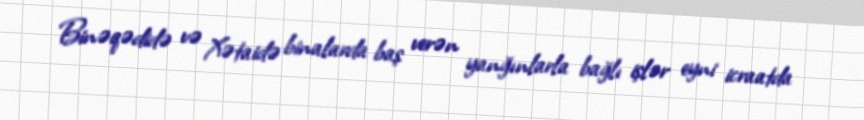
Binəqədidə və Xətaidə binalarda baş verən yanğınlarla bağlı işlər eyni icraatda